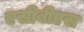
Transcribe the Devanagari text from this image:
एसीबीएस